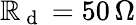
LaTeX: \mathbb{R}_{\mathrm{{~d~}}}=50\, \Omega